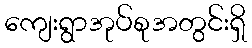
ကျေးရွာအုပ်စုအတွင်းရှိ